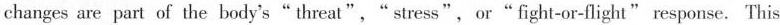
changes are part of the body's" threat","stress",or"fight-or-flight" response. This